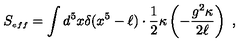
S _ { \scriptscriptstyle e f f } = \int d ^ { 5 } x \delta ( x ^ { 5 } - \ell ) \cdot \frac { 1 } { 2 } \kappa \left( - { \frac { g ^ { 2 } \kappa } { 2 \ell } } \right) \ ,